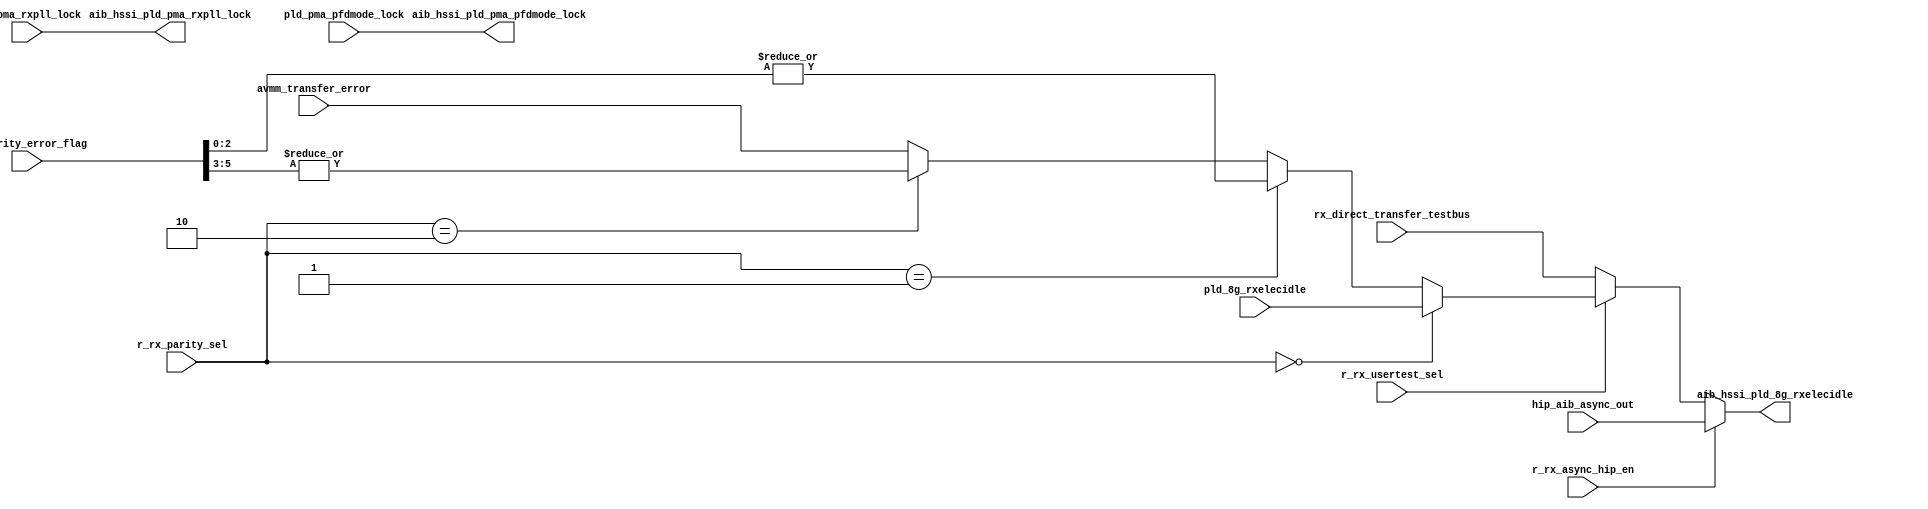
// SPDX-License-Identifier: Apache-2.0
// Copyright (C) 2019 Intel Corporation. 
module c3aibadapt_rxasync_direct (
// PCS IF
input   wire            pld_8g_rxelecidle,
input   wire            pld_pma_rxpll_lock,
input   wire            hip_aib_async_out,
input   wire            r_rx_async_hip_en,
input   wire  [1:0]     r_rx_parity_sel,
input   wire            pld_pma_pfdmode_lock,
input   wire  [5:0]     sr_parity_error_flag,
input	wire		avmm_transfer_error,
input	wire		rx_direct_transfer_testbus,
input	wire		r_rx_usertest_sel,

// AIB_IF
output  wire            aib_hssi_pld_pma_pfdmode_lock,
output  wire            aib_hssi_pld_8g_rxelecidle,
output  wire            aib_hssi_pld_pma_rxpll_lock
);



assign aib_hssi_pld_8g_rxelecidle  = r_rx_async_hip_en ? hip_aib_async_out : r_rx_usertest_sel ? (r_rx_parity_sel == 2'b00 ? pld_8g_rxelecidle : (r_rx_parity_sel == 2'b01 ? |sr_parity_error_flag[2:0] : (r_rx_parity_sel == 2'b10 ? |sr_parity_error_flag[5:3] : avmm_transfer_error) ) ) : rx_direct_transfer_testbus;
assign aib_hssi_pld_pma_rxpll_lock = pld_pma_rxpll_lock;
assign aib_hssi_pld_pma_pfdmode_lock = pld_pma_pfdmode_lock;
endmodule